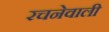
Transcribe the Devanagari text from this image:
रचनेवाली